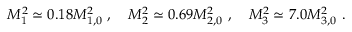
M _ { 1 } ^ { 2 } \simeq 0 . 1 8 M _ { 1 , 0 } ^ { 2 } ~ , \quad M _ { 2 } ^ { 2 } \simeq 0 . 6 9 M _ { 2 , 0 } ^ { 2 } ~ , \quad M _ { 3 } ^ { 2 } \simeq 7 . 0 M _ { 3 , 0 } ^ { 2 } ~ .